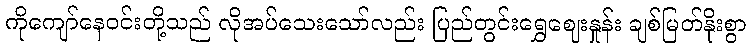
ကိုကျော်နေဝင်းတို့သည် လိုအပ်သေးသော်လည်း ပြည်တွင်းရွှေဈေးနှုန်း ချစ်မြတ်နိုးစွာ